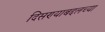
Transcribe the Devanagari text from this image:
दिसण्याबद्दलच्या